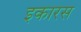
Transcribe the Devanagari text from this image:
इकारस